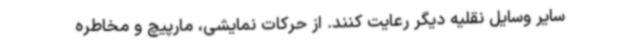
سایر وسایل نقلیه دیگر رعایت کنند. از حرکات نمایشی، مارپیچ و مخاطره